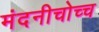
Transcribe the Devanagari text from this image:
मंदनीचोच्च